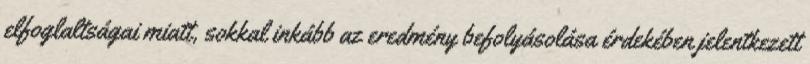
elfoglaltságai miatt, sokkal inkább az eredmény befolyásolása érdekében jelentkezett